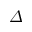
\varDelta